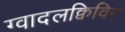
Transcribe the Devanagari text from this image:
ग्वादलक्विविर